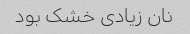
نان زیادی خشک بود